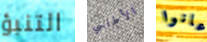
التنبؤ الأطلسي عانوا